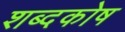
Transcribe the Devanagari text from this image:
शब्‍दकोष